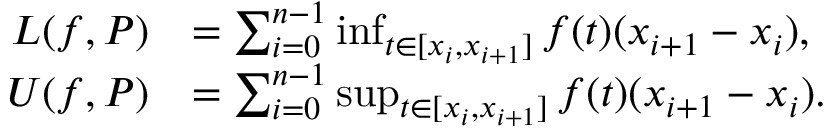
{ \begin{array} { r l } { L ( f , P ) } & { = \sum _ { i = 0 } ^ { n - 1 } \operatorname* { i n f } _ { t \in [ x _ { i } , x _ { i + 1 } ] } f ( t ) ( x _ { i + 1 } - x _ { i } ) , } \\ { U ( f , P ) } & { = \sum _ { i = 0 } ^ { n - 1 } \operatorname* { s u p } _ { t \in [ x _ { i } , x _ { i + 1 } ] } f ( t ) ( x _ { i + 1 } - x _ { i } ) . } \end{array} }